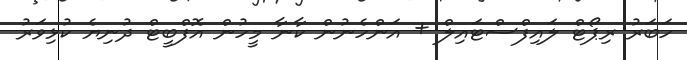
ހަބަރު ރިޕޯޓް ލައިފްސްޓައިލް + އަންހެނުން ކާނާ މީހުން އޮފްބީޓް ދުނިޔެ ކުޅިވަރު